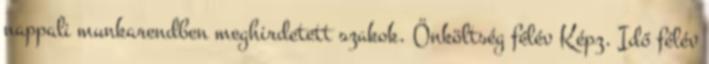
nappali munkarendben meghirdetett szakok. Önköltség félév Képz. Idő félév